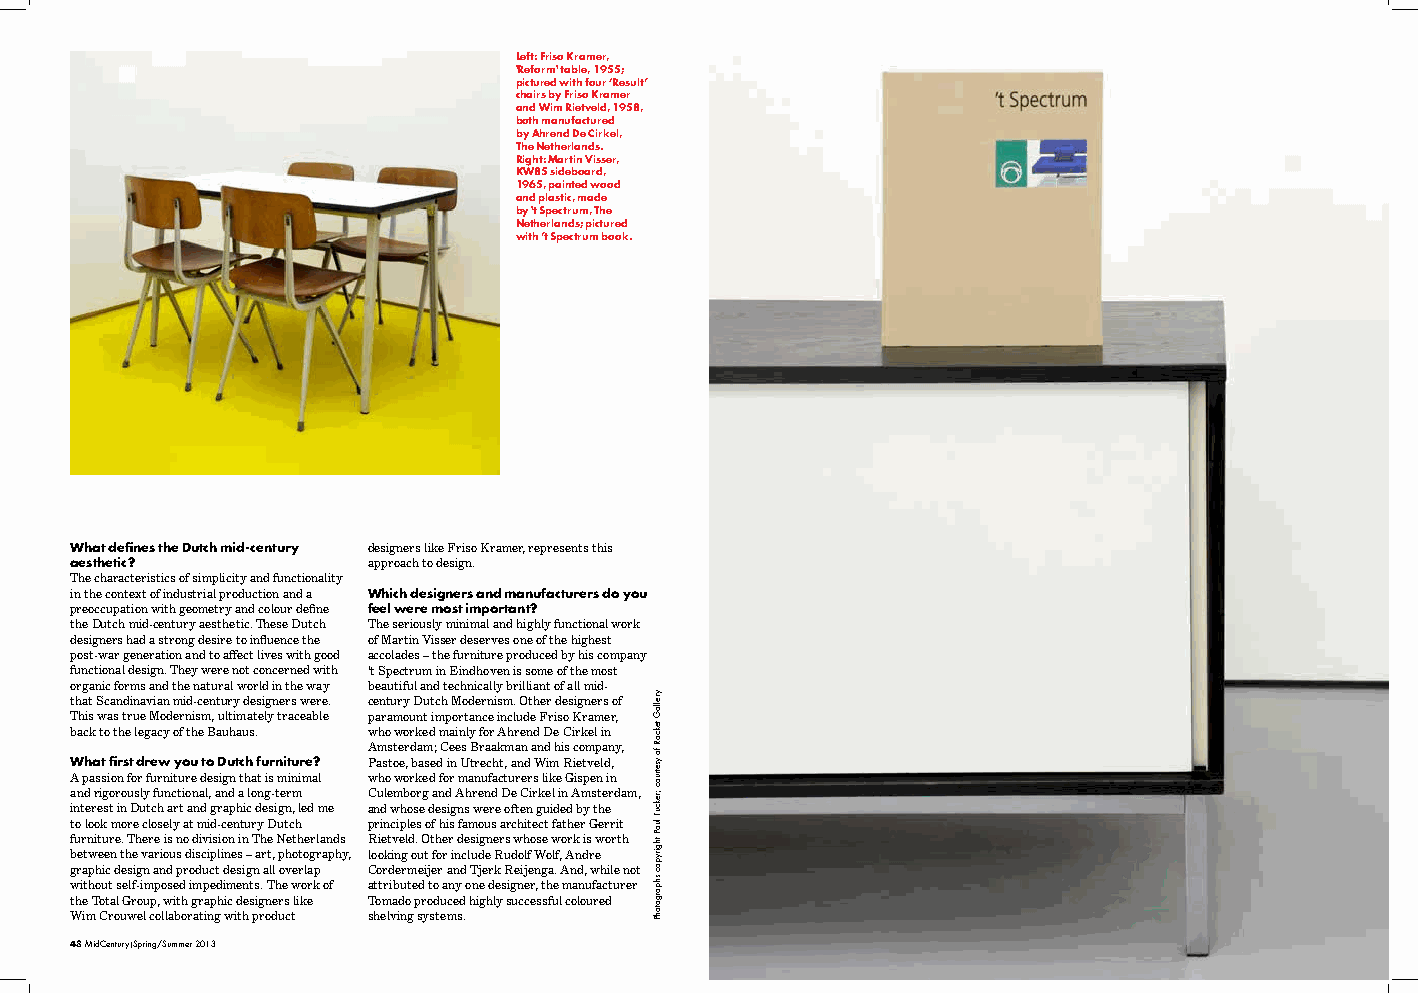
Left: Friso Kramer,
 'Reform' table, 1955;
 pictured with four ‘Result’
 chairs by Friso Kramer
 and Wim Rietveld, 1958,
 both manufactured
 by Ahrend De Cirkel,
 The Netherlands.
 Right: Martin Visser,
 KW85 sideboard,
 1965, painted wood
 and plastic, made
 by 't Spectrum, The
 Netherlands; pictured
 with ’t Spectrum book.
 What defines the Dutch mid-century designers like Friso Kramer, represents this
 aesthetic?         approach to design.
 The characteristics of simplicity and functionality
 in the context of industrial production and a Which designers and manufacturers do you
 preoccupation with geometry and colour define feel were most important?
 the Dutch mid-century aesthetic. These Dutch The seriously minimal and highly functional work
 designers had a strong desire to influence the of Martin Visser deserves one of the highest
 post-war generation and to affect lives with good accolades – the furniture produced by his company
 functional design. They were not concerned with ‘t Spectrum in Eindhoven is some of the most
 organic forms and the natural world in the way beautiful and technically brilliant of all mid-
 that Scandinavian mid-century designers were. century Dutch Modernism. Other designers of
 This was true Modernism, ultimately traceable paramount importance include Friso Kramer,
 back to the legacy of the Bauhaus. who worked mainly for Ahrend De Cirkel in
 Amsterdam; Cees Braakman and his company,
 What first drew you to Dutch furniture? Pastoe, based in Utrecht, and Wim Rietveld,
 A passion for furniture design that is minimal who worked for manufacturers like Gispen in
 and rigorously functional, and a long-term Culemborg and Ahrend De Cirkel in Amsterdam,
 interest in Dutch art and graphic design, led me and whose designs were often guided by the
 to look more closely at mid-century Dutch principles of his famous architect father Gerrit
 furniture. There is no division in The Netherlands Rietveld. Other designers whose work is worth
 between the various disciplines – art, photography, looking out for include Rudolf Wolf, Andre
 graphic design and product design all overlap Cordermeijer and Tjerk Reijenga. And, while not
 without self-imposed impediments. The work of attributed to any one designer, the manufacturer
 the Total Group, with graphic designers like Tomado produced highly successful coloured
 Wim Crouwel collaborating with product shelving systems.
 48 MidCentury|Spring/Summer 2013                                           MidCentury|Spring/Summer 2013 49
 yrellaG
 tekcoR
 fo
 ysetruoc
 ;rekcuT
 luaP
 thgirypoc
 shpargotohP